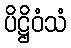
ပိဋ္ဌိဝံသံ